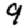
Digit: 9